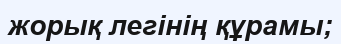
жорық легінің құрамы;